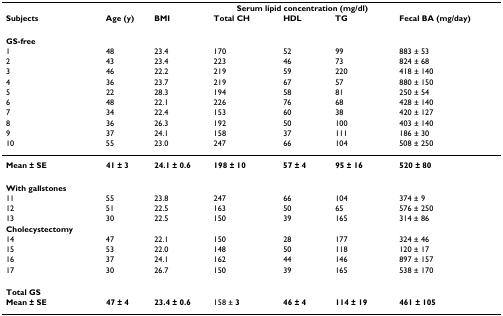
<table><thead><tr><td></td><td></td><td></td><td colspan="3"><b>Serum lipid concentration (mg/dl)</b></td><td></td></tr><tr><td><b>Subjects</b></td><td><b>Age (y)</b></td><td><b>BMI</b></td><td><b>Total CH</b></td><td><b>HDL</b></td><td><b>TG</b></td><td><b>Fecal BA (mg/day)</b></td></tr></thead><tbody><tr><td><b>GS-free</b></td><td></td><td></td><td></td><td></td><td></td><td></td></tr><tr><td>1</td><td>48</td><td>23.4</td><td>170</td><td>52</td><td>99</td><td>883 ± 53</td></tr><tr><td>2</td><td>43</td><td>23.4</td><td>223</td><td>46</td><td>73</td><td>824 ± 68</td></tr><tr><td>3</td><td>46</td><td>22.2</td><td>219</td><td>59</td><td>220</td><td>418 ± 140</td></tr><tr><td>4</td><td>36</td><td>23.7</td><td>219</td><td>67</td><td>57</td><td>880 ± 150</td></tr><tr><td>5</td><td>22</td><td>28.3</td><td>194</td><td>58</td><td>81</td><td>250 ± 54</td></tr><tr><td>6</td><td>48</td><td>22.1</td><td>226</td><td>76</td><td>68</td><td>428 ± 140</td></tr><tr><td>7</td><td>34</td><td>22.4</td><td>153</td><td>60</td><td>38</td><td>420 ± 127</td></tr><tr><td>8</td><td>36</td><td>26.3</td><td>192</td><td>50</td><td>100</td><td>403 ± 140</td></tr><tr><td>9</td><td>37</td><td>24.1</td><td>158</td><td>37</td><td>111</td><td>186 ± 30</td></tr><tr><td>10</td><td>55</td><td>23.0</td><td>247</td><td>66</td><td>104</td><td>508 ± 250</td></tr><tr><td><b>Mean ± SE</b></td><td><b>41 ± 3</b></td><td><b>24.1 ± 0.6</b></td><td><b>198 ± 10</b></td><td><b>57 ± 4</b></td><td><b>95 ± 16</b></td><td><b>520 ± 80</b></td></tr><tr><td><b>With gallstones</b></td><td></td><td></td><td></td><td></td><td></td><td></td></tr><tr><td>11</td><td>55</td><td>23.8</td><td>247</td><td>66</td><td>104</td><td>374 ± 9</td></tr><tr><td>12</td><td>51</td><td>22.5</td><td>163</td><td>50</td><td>65</td><td>576 ± 250</td></tr><tr><td>13</td><td>30</td><td>22.5</td><td>150</td><td>39</td><td>165</td><td>314 ± 86</td></tr><tr><td><b>Cholecystectomy</b></td><td></td><td></td><td></td><td></td><td></td><td></td></tr><tr><td>14</td><td>47</td><td>22.1</td><td>150</td><td>28</td><td>177</td><td>324 ± 46</td></tr><tr><td>15</td><td>53</td><td>22.0</td><td>148</td><td>50</td><td>118</td><td>120 ± 17</td></tr><tr><td>16</td><td>37</td><td>24.1</td><td>162</td><td>44</td><td>146</td><td>897 ± 157</td></tr><tr><td>17</td><td>30</td><td>26.7</td><td>150</td><td>39</td><td>165</td><td>538 ± 170</td></tr><tr><td><b>Total GS</b></td><td></td><td></td><td></td><td></td><td></td><td></td></tr><tr><td><b>Mean ± SE</b></td><td><b>47 ± 4</b></td><td><b>23.4 ± 0.6</b></td><td>158 ± <b>3</b></td><td><b>46 ± 4</b></td><td><b>114 ± 19</b></td><td><b>461 ± 105</b></td></tr></tbody></table>